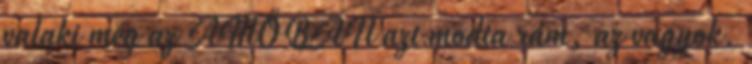
valaki még az AMŐBÁN azt modta rám, az vagyok.